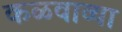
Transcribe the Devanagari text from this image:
कळवाव्या